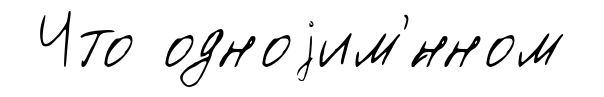
Что одноjим'́нном